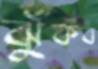
ঝুঁকব